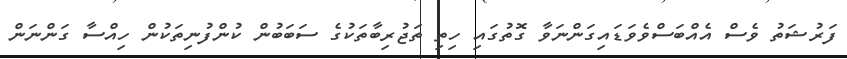
ފަރުޝަތު ވެސް އެއްބަސްވެވަޑައިގަންނަވާ ގޮތުގައި ހިތި ތަޖުރިބާތަކުގެ ސަބަބުން ކުންފުނިތަކުން ހިއްސާ ގަންނަން